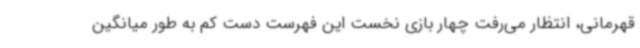
قهرمانی، انتظار می‌رفت چهار بازی نخست این فهرست دست ‌کم به طور میانگین